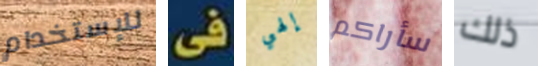
للإستخدام فى إلهي سأراكم ذلك